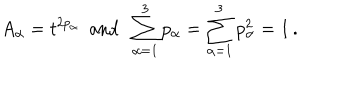
A _ { \alpha } = t ^ { 2 p _ { \alpha } } ~ ~ \mathrm { a n d } ~ ~ \sum _ { \alpha = 1 } ^ { 3 } p _ { \alpha } = \sum _ { \alpha = 1 } ^ { 3 } p _ { \alpha } ^ { 2 } = 1 \, .